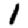
Digit: 1